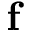
\mathbf f